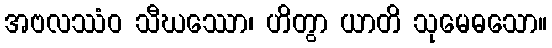
အဗလဿံဝ သီဃဿော၊ ဟိတွာ ယာတိ သုမေဓသော။